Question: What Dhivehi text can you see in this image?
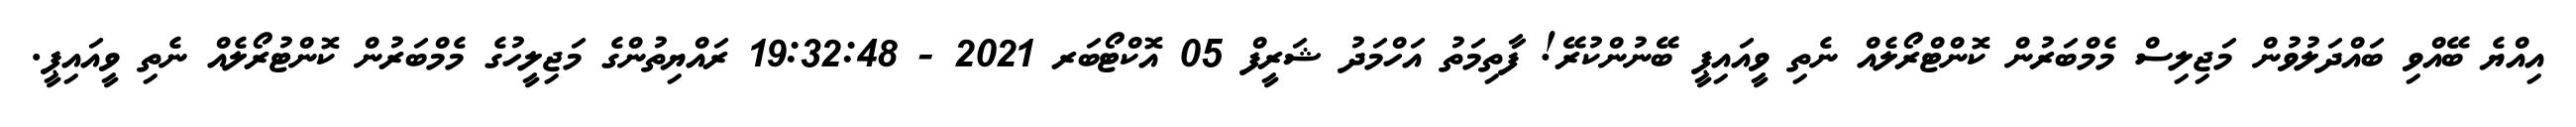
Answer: އިއްޔެ ބޭއްވި ބައްދަލުވުން މަޖިލިސް މެމްބަރުން ކޮންޓްރޯލެއް ނެތި ވީއައިޕީ ބޭނުންކުރޭ! ފާތިމަތު އަހްމަދު ޝަރީފް 05 އޮކްޓޯބަރ 2021 - 19:32:48 ރައްޔިތުންގެ މަޖިލީހުގެ މެމްބަރުން ކޮންޓުރޯލެއް ނެތި ވީއައިޕީ.